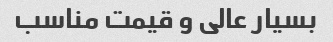
بسیار عالی و قیمت مناسب